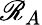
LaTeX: \mathscr{R}_{A}